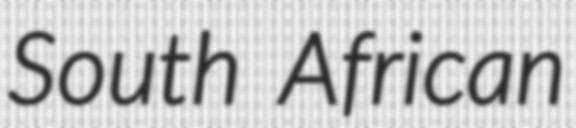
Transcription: South African